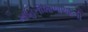
માહિતીશાળાઓની